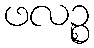
ဖလဉ္စ